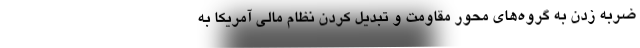
ضربه زدن به گروه‌های محور مقاومت و تبدیل کردن نظام مالی آمریکا به